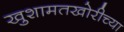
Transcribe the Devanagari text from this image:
खुशामतखोरीच्या